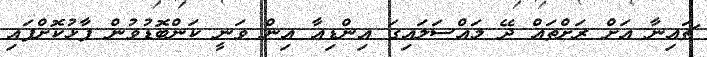
ޗައިނާ އަށް ރަށްތައް ދޭ މައްސަލައިގަ އިންޑިއާ އިން ވަނީ ކަންބޮޑުވުން ފާޅުކޮށްފައި